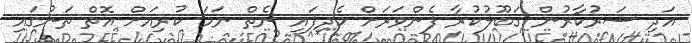
އަދި ސަރުކާރުން ގަބޫލުކުރާ ފެންވަރަށް ހެދިފައި ނެތް ނަމަ ކުރިއަށް އޮތް ތަނުގައި